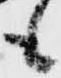
も